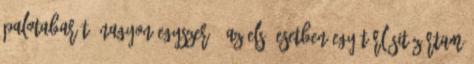
Palotabarát: nagyon egyszerű: az első esetben egy törlésit zártam